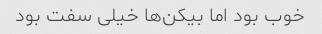
خوب بود اما بیکن‌ها خیلی سفت بود